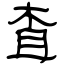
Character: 査